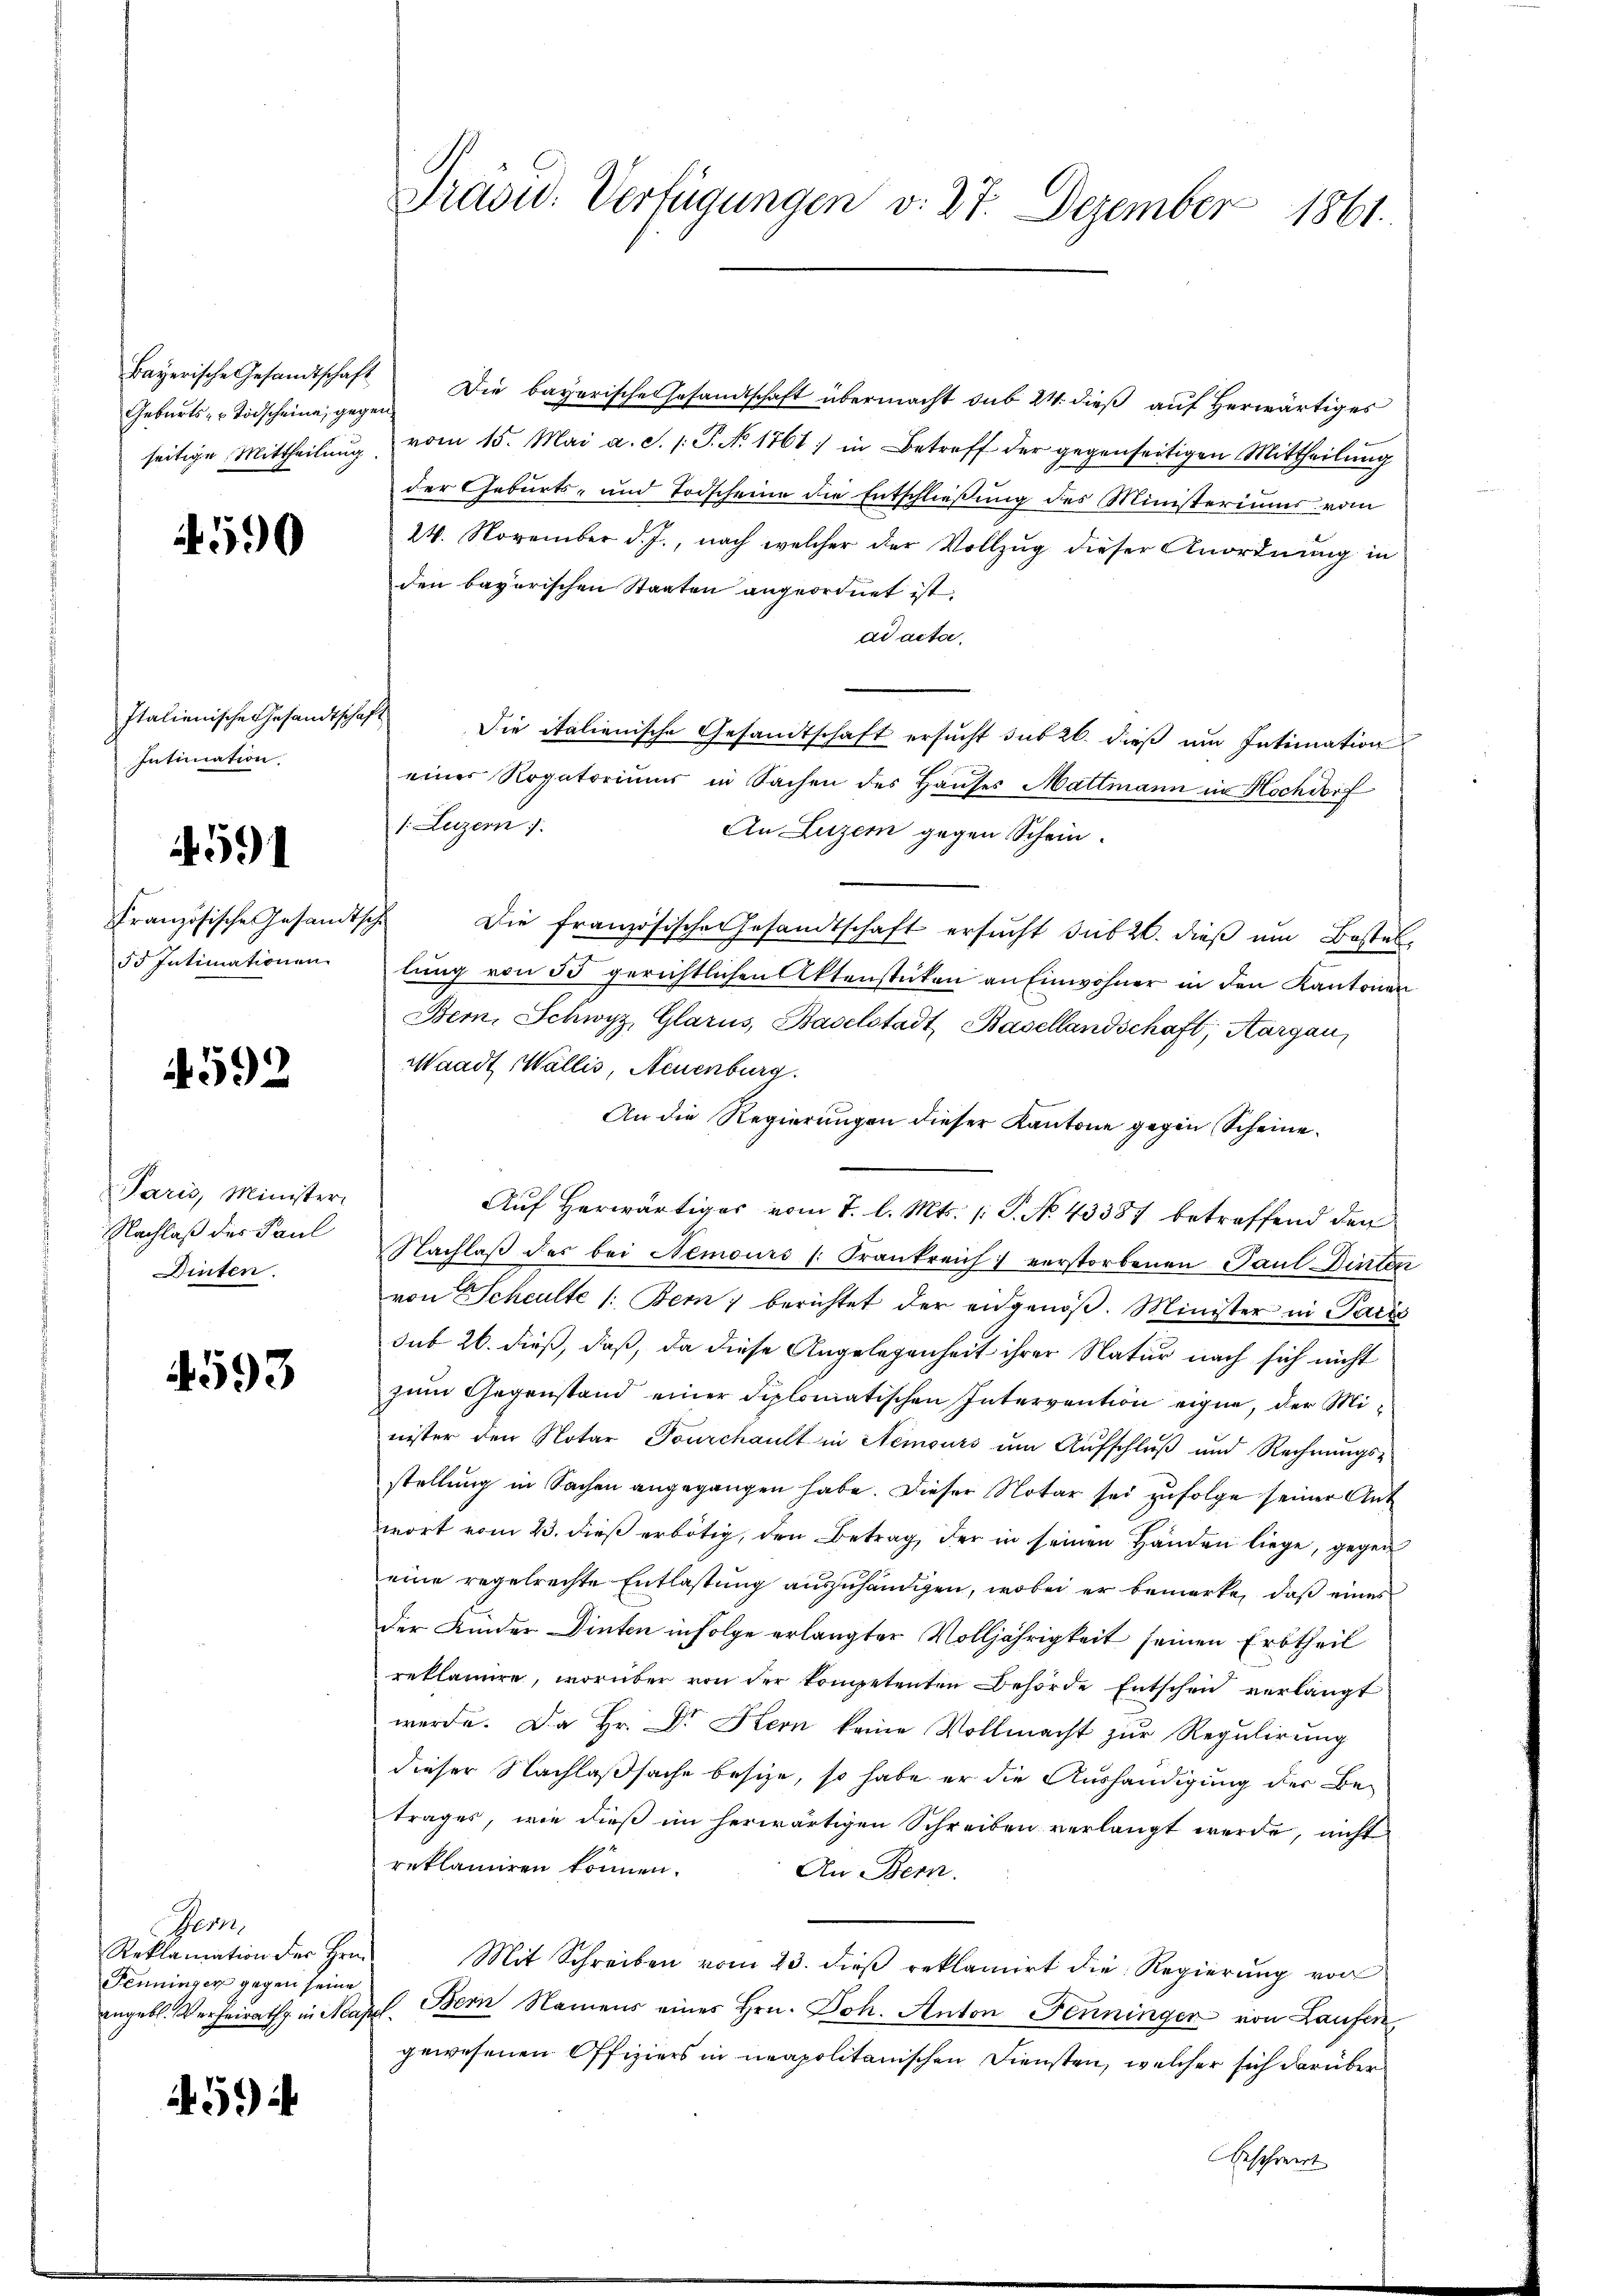
Geburts- u Todscheine gegen

590

Italienische Gesandtschaf
Intimation.

4591

Französische Gesandtsc
55 Intimationen

592

Paris, Minister,
Nachlaß des Paul
Dinten.

4593

Bern,
Reklamation der Hrn.
Penninger gegen seine
angebl. Verheirath in Maj

4594

Präsid. Verfügungen v. 27. Dezember 1861.

Bayerische Gesandtschaft Die bayerische Gesandtschaft übermacht sub 24. dieβ aŭf herwärtiges
seitige Mittheilŭng vom 15. Mai a. S. 1. P. Nr. 1761 in Betreff der gegenseitigen Mittheilŭng
der Geburts- und Todscheine die Entschließung des Ministeriums vom
24. November d. J., nach welcher der Vollzŭg dieser Anordnŭng in
den bayerischen Staaten angeordnet ist.
ad acta.
h
Die italienische Gesandtschaft ersucht sub 20. dieß um Intimation
einer Rogatoriums in Sachen des Hauses Mattmann in Hochdif
1. Luzern
An Luzern gegen Schein.
 Die französische Gesandtschaft ersŭcht sub 20. dieβ ŭm Bestel-
lung von 55 gerichtlichen Aktenstücken an Einwohner in den Kantonen
Bern, Schwyz, Glarus, Baselstadt, Basellandschaft, Aargau,
Waadt Wallis, Neuenburg
An die Regierungen dieser Kantone gegen Scheine
.
Auf herwärtiges vom 7. l. Mts. /: P. No. 43387 betreffend den
Nachlaß des bei Nemours /: Frankreich verstorbenen Paul Dinten
von Scheulte 1: Bern berichtet der eidgenöß. Minister in Paris
sub 26. dieß, daß, da diese Angelegenheit ihrer Natur nach sich nicht
zum Gegenstand einer diplomatischen Intervention eigne, der Minister den Notar Tourchault in Nemours am Aŭfschlŭβ und Rechnŭngs-
stellung in Sachen angegangen habe. Dieser Notar sei zufolge seiner Ant
wort vom 23. dieß erbötig, den Betrag der in seinen Händen liege, gegen
eine regelrechte Entlastung auszuhändigen, wobei er bemerke, daß eines
der Kinder Dinten infolge erlangter Volljährigkeit seinen Erbtheil
reklamire, worüber von der kompetenten Behörde Entschen verlangt
werde. Da Hr. Dr. Stern keine Vollmacht zŭr Regulirung
dieser Nachlaßsache besize, so habe er die Aushändigung der Be-
trages, wie dieß im herwärtigen Schreiben verlangt werde, nicht
reklamiren können.
An Bern.
Mit Schreiben vom 23. dieβ reklamirt die Regierŭng von
. Bern Namens eines Hrn. Joh. Anton Fenninger von Laufen,
gewesenen Offiziers in neapolitanischen Diensten, welcher sich darüber
beschwert